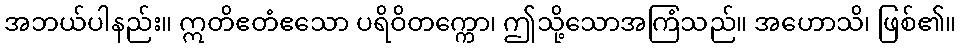
အဘယ်ပါနည်း။ ဣတိဧတံဧသော ပရိဝိတက္ကော၊ ဤသို့သောအကြံသည်။ အဟောသိ၊ ဖြစ်၏။